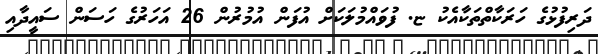
ދަރިފުޅުގެ ހަރަކާތްތަކާއެކު ޏ. ފުވައްމުލަކަށް އުފަން އުމުރުން 26 އަހަރުގެ ހަސަން ސައީދާއި